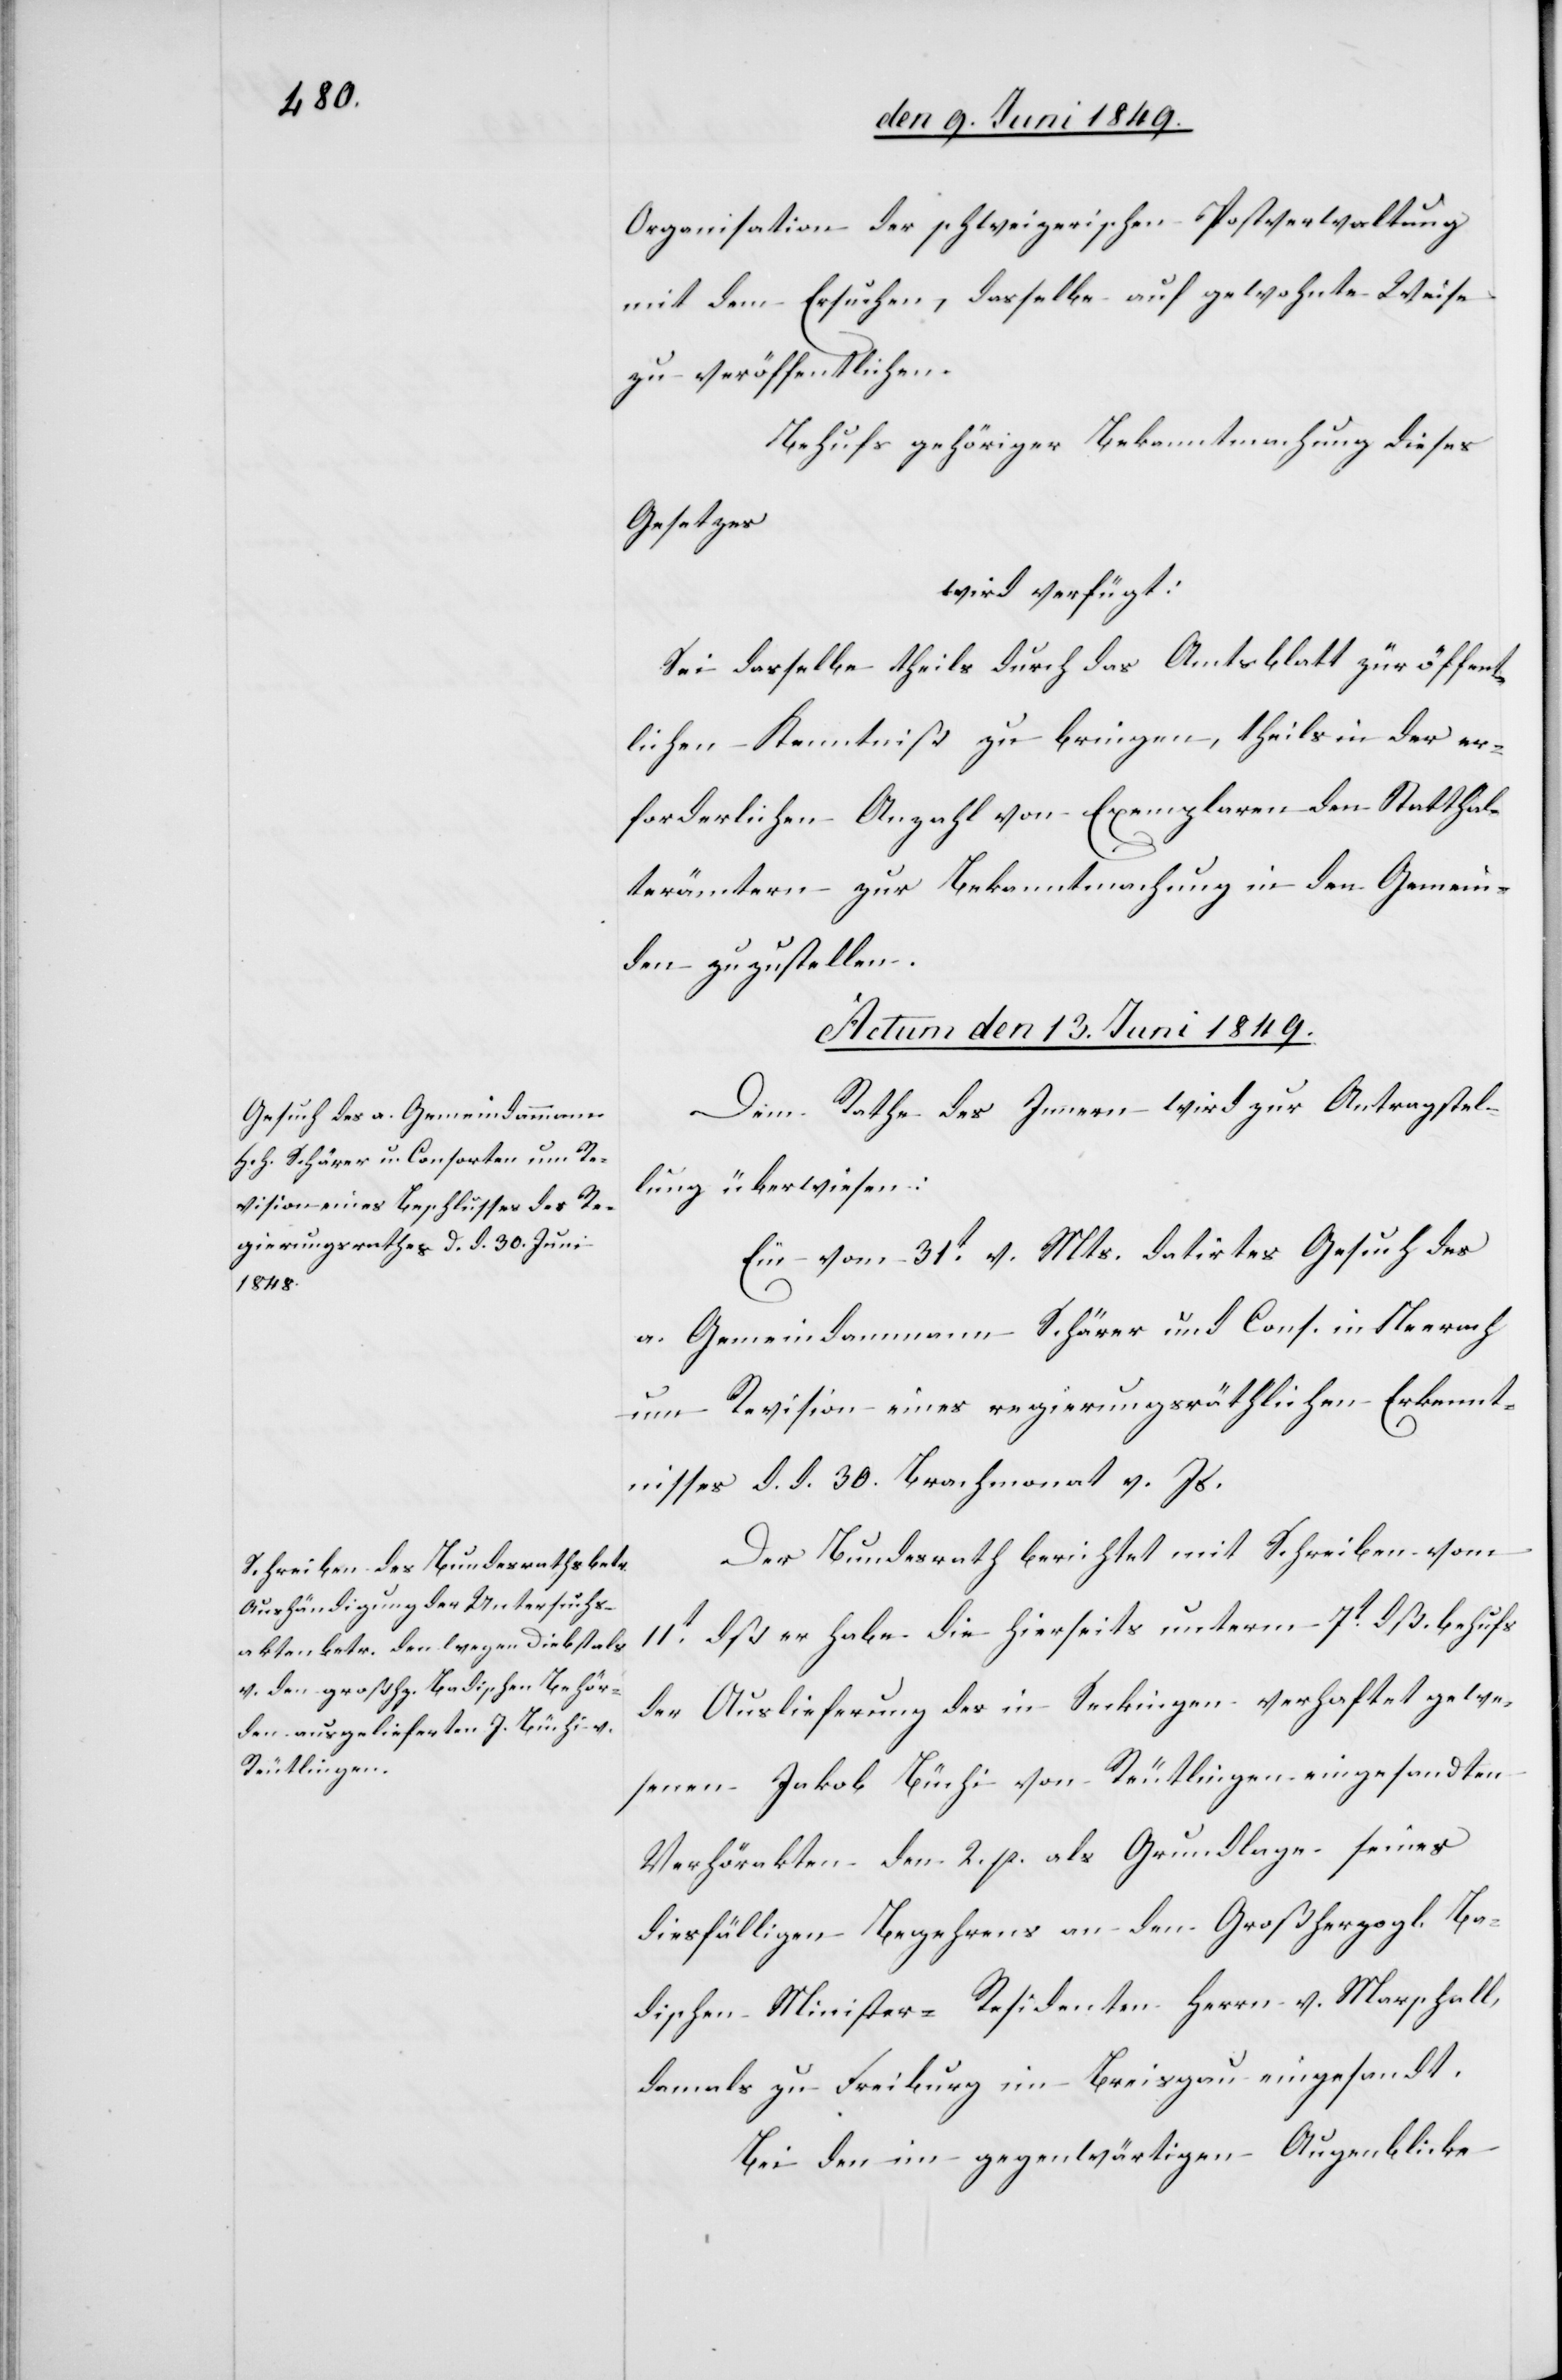
Organisation der schweizerischen Postverwaltung
mit dem Ersuchen, dasselbe auf gewohnte Weise
zu veröffentlichen.
Behufs gehöriger Bekanntmachung dieses
Gesetzes
wird verfügt:
Sei dasselbe theils durch das Amtsblatt zur öffent¬
lichen Kenntniß zu bringen, theils in der er¬
forderlichen Anzahl von Exemplaren den Stadthal¬
terämtern zur Bekanntmachung in den Gemein¬
den zuzustellen.
Actum den 13. Juni 1849.]
Dem Rathe des Innern wird zur Antragstel¬
lung überwiesen:
Ein vom 31t v. Mts. datirtes Gesuch des
a. Gemeindammann Schärer und Cons. in Neerach
um Revision eines regierungsräthlichen Erkennt¬
nisses d. d. 30. Brachmonat v. Js.
Der Bundesrath berichtet mit Schreiben vom
11t dß er habe die hierseits unterm 7t dß. behufs
der Auslieferung des in Seckingen verhaftet gewe¬
senen Jakob Büchi von Reutlingen eingesandten
Verhörakten den 2. p. als Grundlage seines
diesfälligen Begehrens an den Großherzogl. Ba¬
dischen Minister-Residenten Herrn v. Marschall,
damals zu Freiburg im Breisgau eingesandt.
Bei den im gegenwärtigen Augenblicke